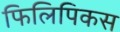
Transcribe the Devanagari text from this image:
फिलिपिकस